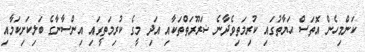
ކަންމިހެން އޮތަސް ޙަޔާތުގައި ކުރިމަތިވެދާނެ ޟަރޫރަތްތަކާއި އަދި މީގެ ކުރިމަތީގައި އިންސާނާގެ ބަލިކަށިކަމާއި